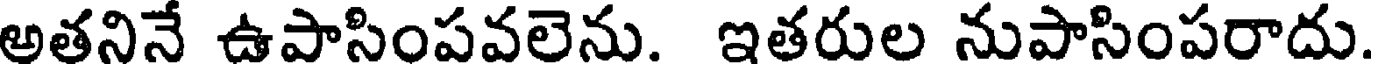
అతనినే ఉపాసింపవలెను. ఇతరుల నుపాసింపరాదు